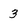
Character: 3